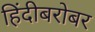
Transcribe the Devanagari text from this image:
हिंदीबरोबर